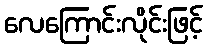
လေကြောင်းလိုင်းဖြင့်